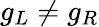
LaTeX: g_{L}\ne g_{R}